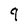
Character: q